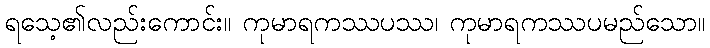
ရသေ့၏လည်းကောင်း။ ကုမာရကဿပဿ၊ ကုမာရကဿပမည်သော။